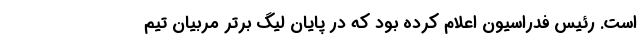
است. رئیس فدراسیون اعلام کرده بود که در پایان لیگ برتر مربیان تیم